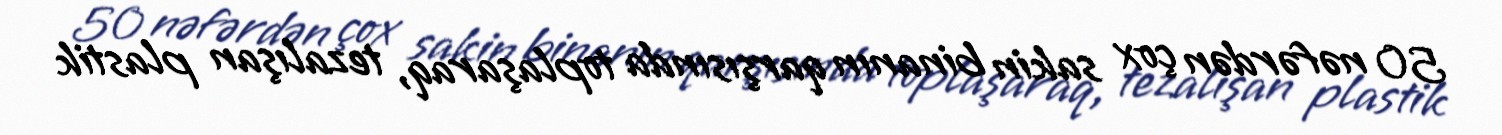
50 nəfərdən çox sakin binanın qarşısında toplaşaraq, tezalışan plastik